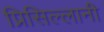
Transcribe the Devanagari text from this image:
प्रिसिल्लानी